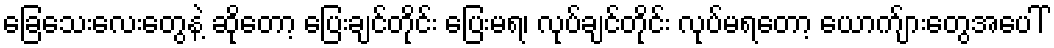
ခြေသေးလေးတွေနဲ့ ဆိုတော့ ပြေးချင်တိုင်း ပြေးမရ၊ လုပ်ချင်တိုင်း လုပ်မရတော့ ယောက်ျားတွေအပေါ်